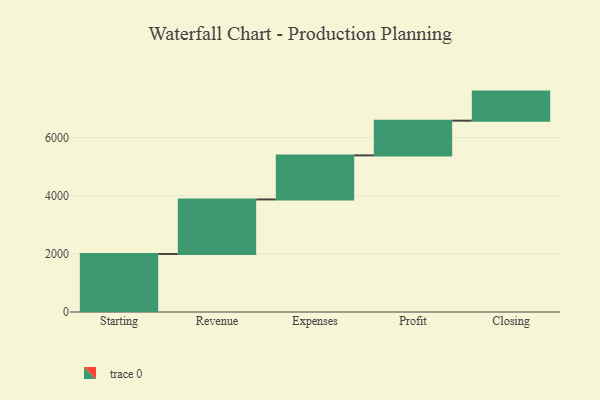
{"axis": {"x": "Step", "y": "Value"}, "legend": [""], "data": [{"x": "Starting", "y": 1997.0, "type": ""}, {"x": "Revenue", "y": 1877.0, "type": ""}, {"x": "Expenses", "y": 1516.0, "type": ""}, {"x": "Profit", "y": 1195.0, "type": ""}, {"x": "Closing", "y": 1000, "type": ""}]}